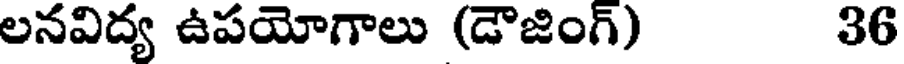
లనవిద్య ఉపయోగాలు (డౌజింగ్) 36